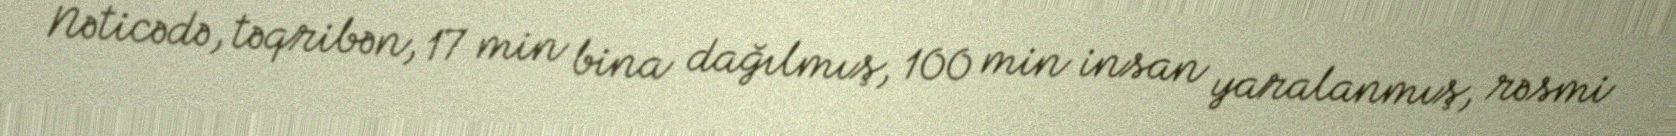
Nəticədə, təqribən, 17 min bina dağılmış, 100 min insan yaralanmış, rəsmi